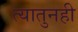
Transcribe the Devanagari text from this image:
त्यातुनही